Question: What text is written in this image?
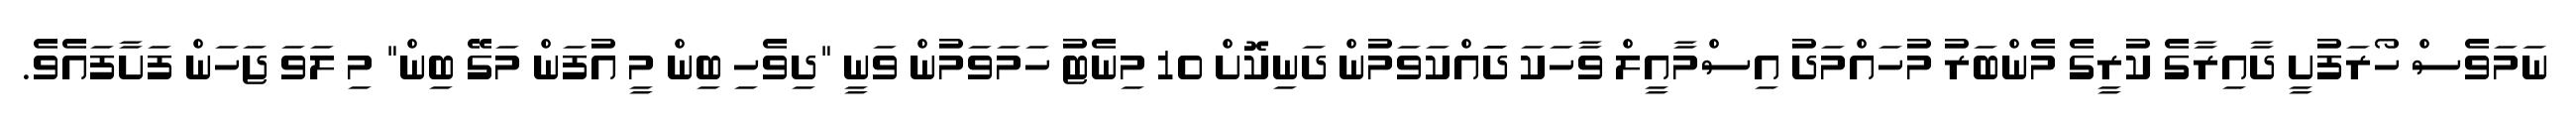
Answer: ނަމަވެސް ހޯރަފުށީ ދާއިރާގެ ކުރީގެ މެންބަރު މުހައްމަދު އިސްމާއީލް ވާހަކަ ދަައްކަވަމުން ދަނިކޮށް 10 މިނެޓު ހަމަވަމުން ވަނީ "ދިވެހި ބިން މީ އުފަން މަގޭ ބިން" މި ލަވަ ޖަހަން ފަށާފައެވެ.